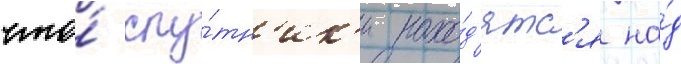
что́ спу́тн'ик'и нахо́д'ятс'я на́д